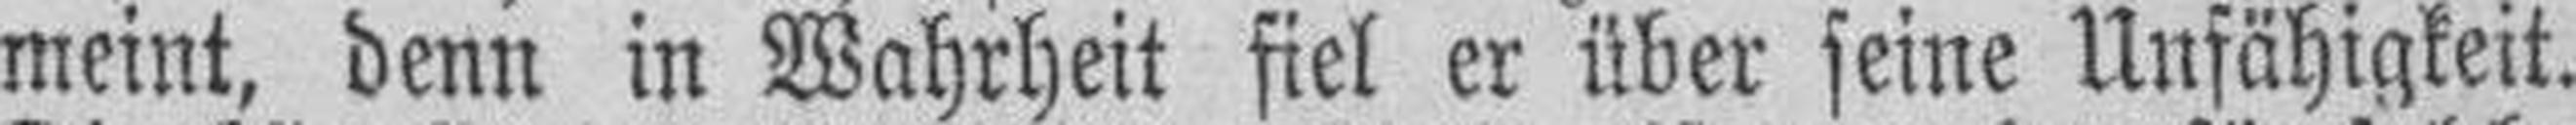
meint, denn in Wahrheit fiel er über seine Unfähigkeit.